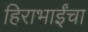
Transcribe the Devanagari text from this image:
हिराभाईंचा